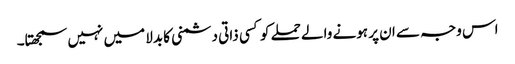
اس وجہ سے ان پر ہونے والے حملے کو کسی ذاتی دشمنی کا بدلا میں نہیں سمجھتا۔